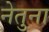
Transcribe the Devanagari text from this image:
नेतुना